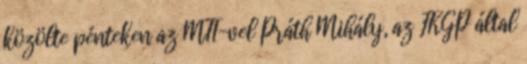
közölte pénteken az MTI-vel Práth Mihály, az FKGP által